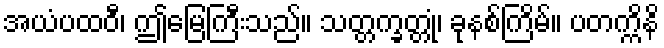
အယံပထဝီ၊ ဤမြေကြီးသည်။ သတ္တက္ခတ္တုံ၊ ခုနစ်ကြိမ်။ ပတက္ကိနိ